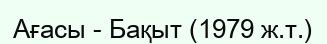
Ағасы - Бақыт (1979 ж.т.)